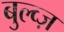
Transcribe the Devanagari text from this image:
बुल्व्ज़